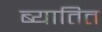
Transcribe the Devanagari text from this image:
ब्यातित